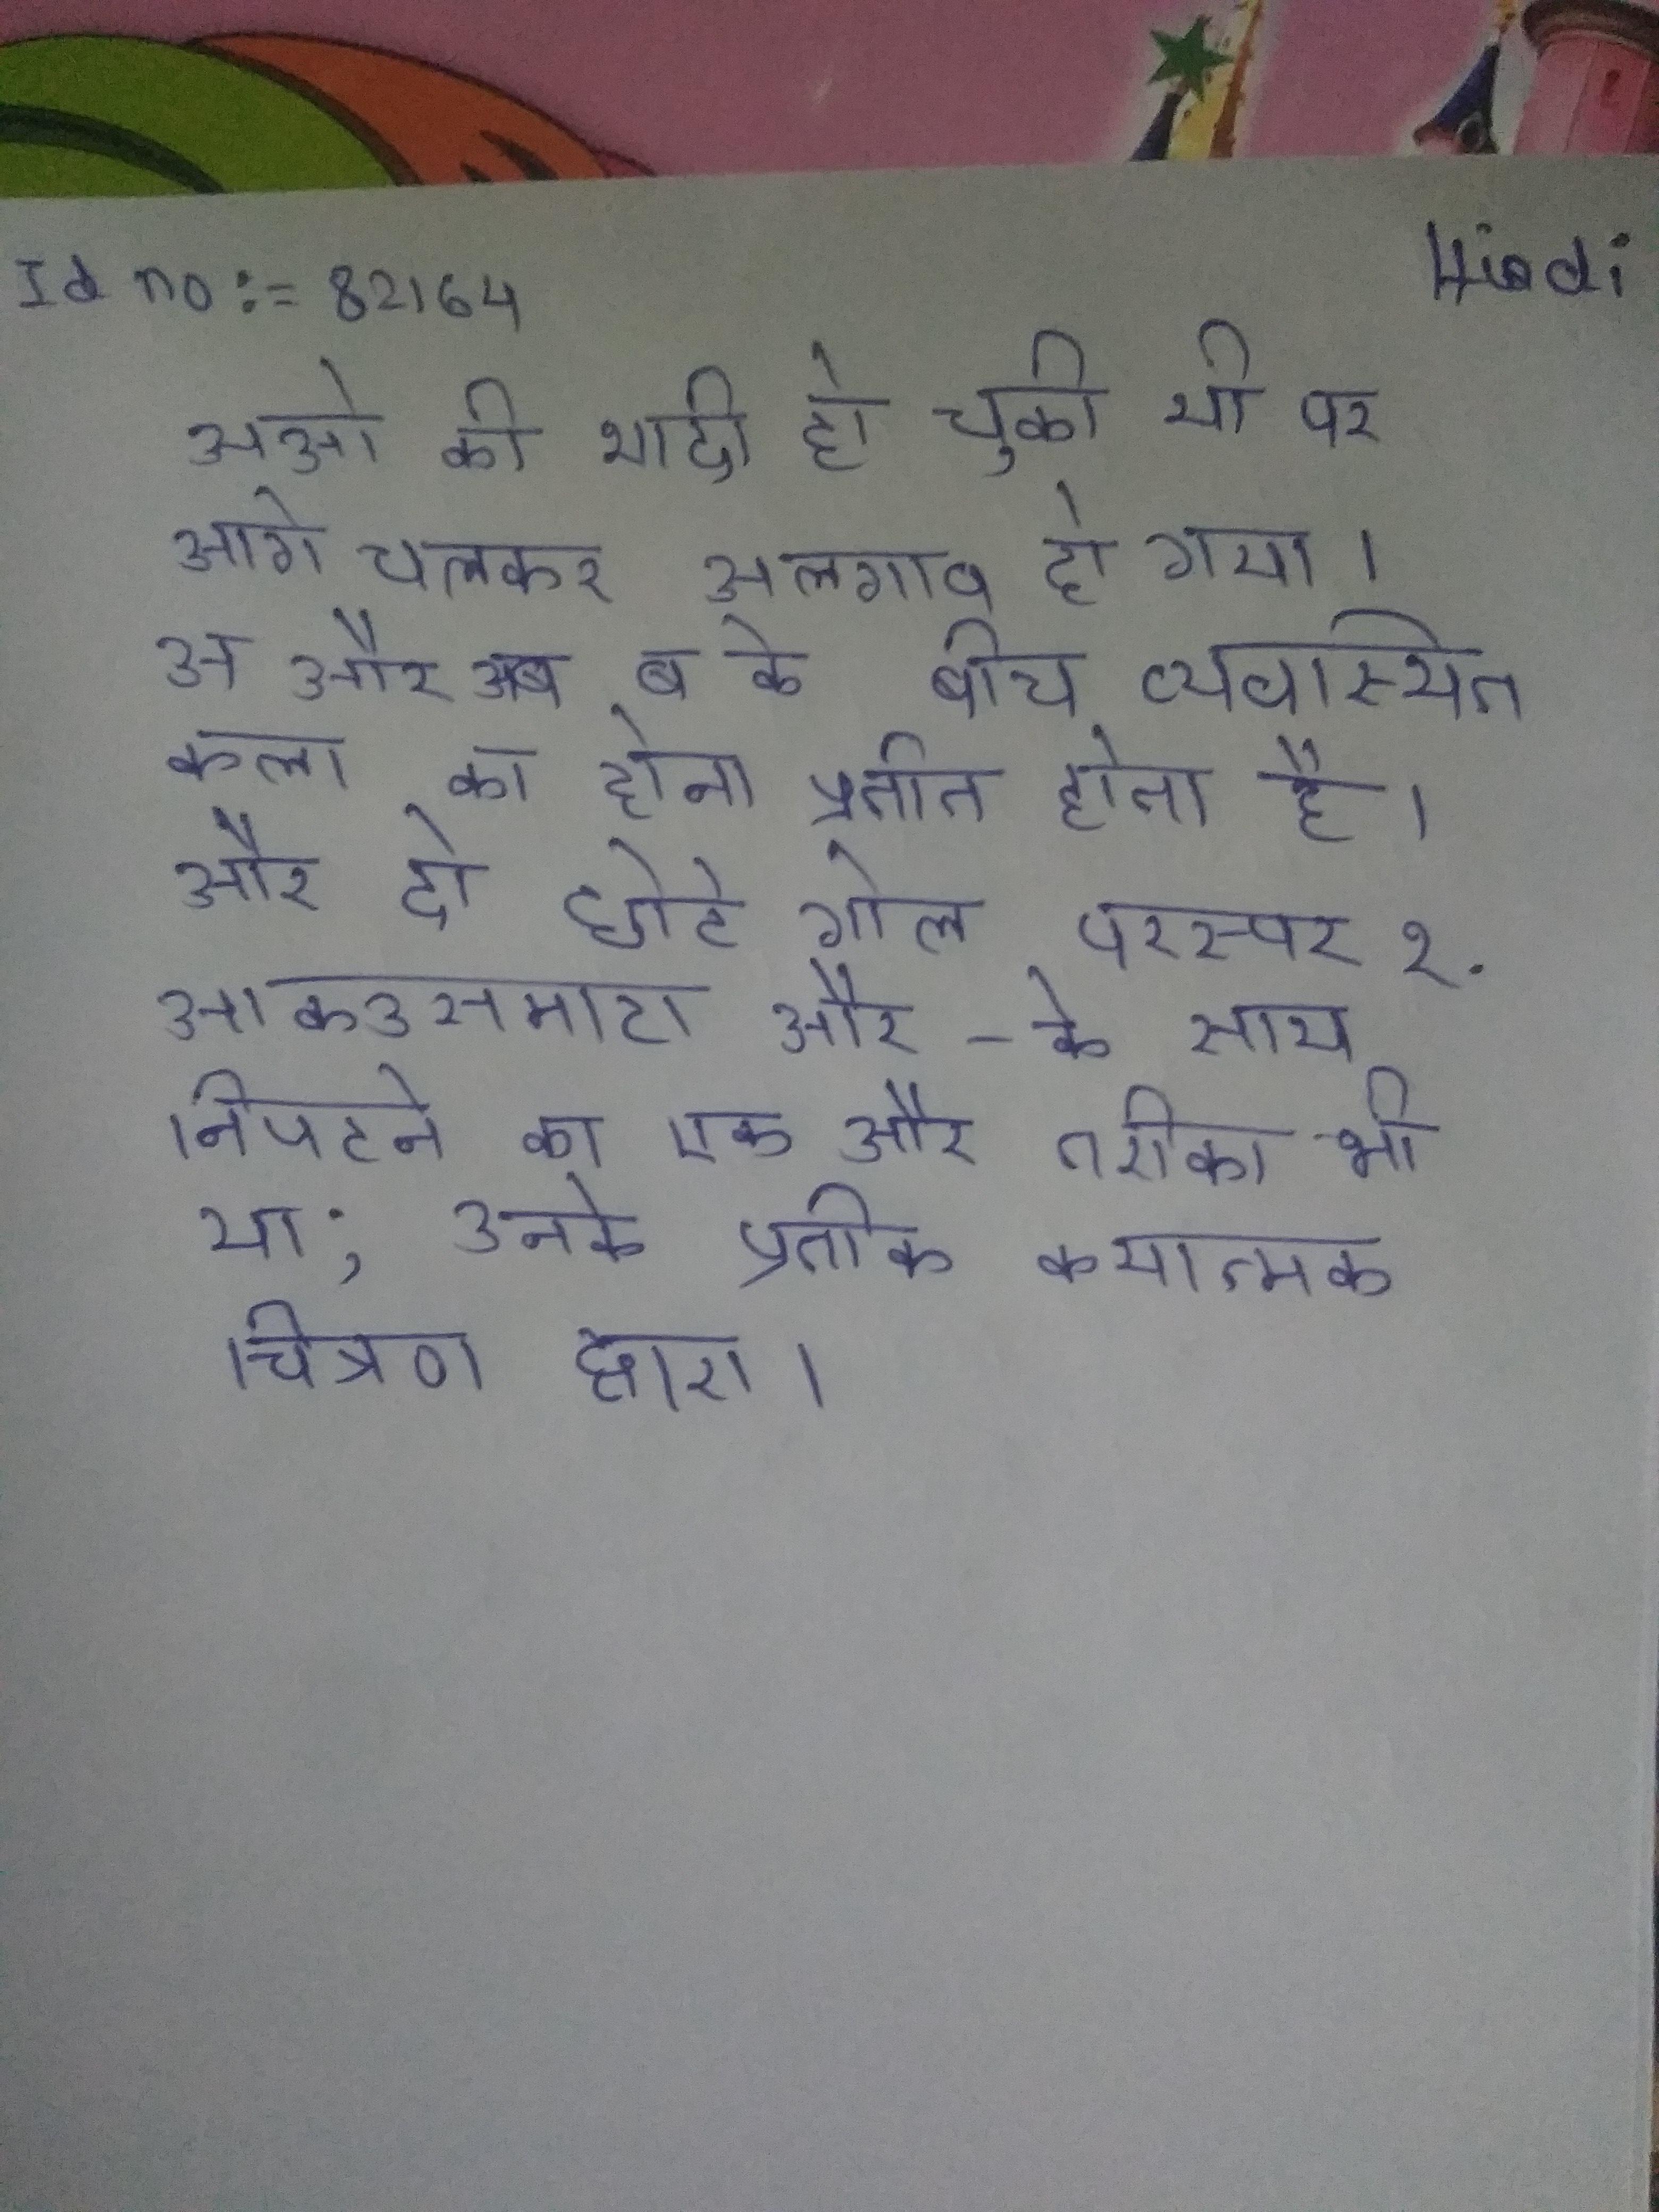
अओ की शादी हो चुकी थी पर आगे चलकर अलगाव हो गया । अ और ब के बीच व्यवस्थित कला का होना प्रतीत होता है । और दो छोटे गोल परस्पर १ . अकउसमाटा और -के साथ निपटने का एक और तरीका भी था; उनके प्रतीक कथात्मक चित्रण द्वारा ।